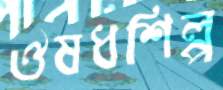
ঔষধশিল্প